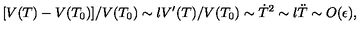
[ V ( T ) - V ( T _ { 0 } ) ] / V ( T _ { 0 } ) \sim l V ^ { \prime } ( T ) / V ( T _ { 0 } ) \sim \dot { T } ^ { 2 } \sim l \ddot { T } \sim O ( \epsilon ) ,